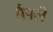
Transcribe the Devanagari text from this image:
मैपले